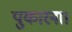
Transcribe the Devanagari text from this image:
पुकारना।